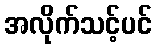
အလိုက်သင့်ပင်